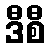
ဒီစီ